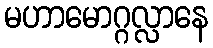
မဟာမောဂ္ဂလ္လာနေ